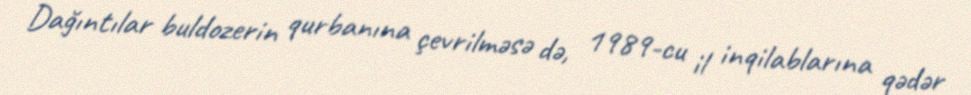
Dağıntılar buldozerin qurbanına çevrilməsə də, 1989-cu il inqilablarına qədər